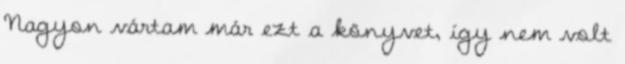
Nagyon vártam már ezt a könyvet, így nem volt